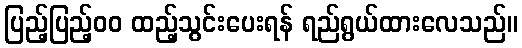
ပြည့်ပြည့်၀၀ ထည့်သွင်းပေးရန် ရည်ရွယ်ထားလေသည်။